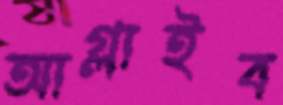
আগ্‌লাইব